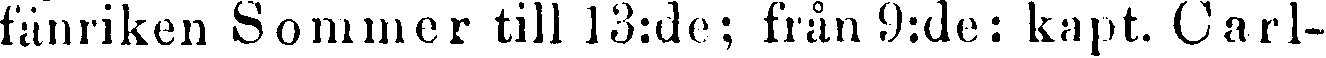
fänriken Sommer till 13:de; från 9:de: kapt. Carl-